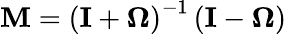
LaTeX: \mathbf{M}=\left(\mathbf{I}+\mathbf{\Omega}\right)^{-1}\left(\mathbf{I}-\mathbf{\Omega}\right)